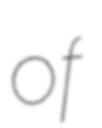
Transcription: of